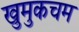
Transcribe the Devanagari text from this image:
खुमुकचम